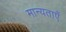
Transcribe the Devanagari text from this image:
मान्‍यताएँ